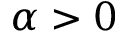
\alpha > 0